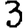
Digit: 3